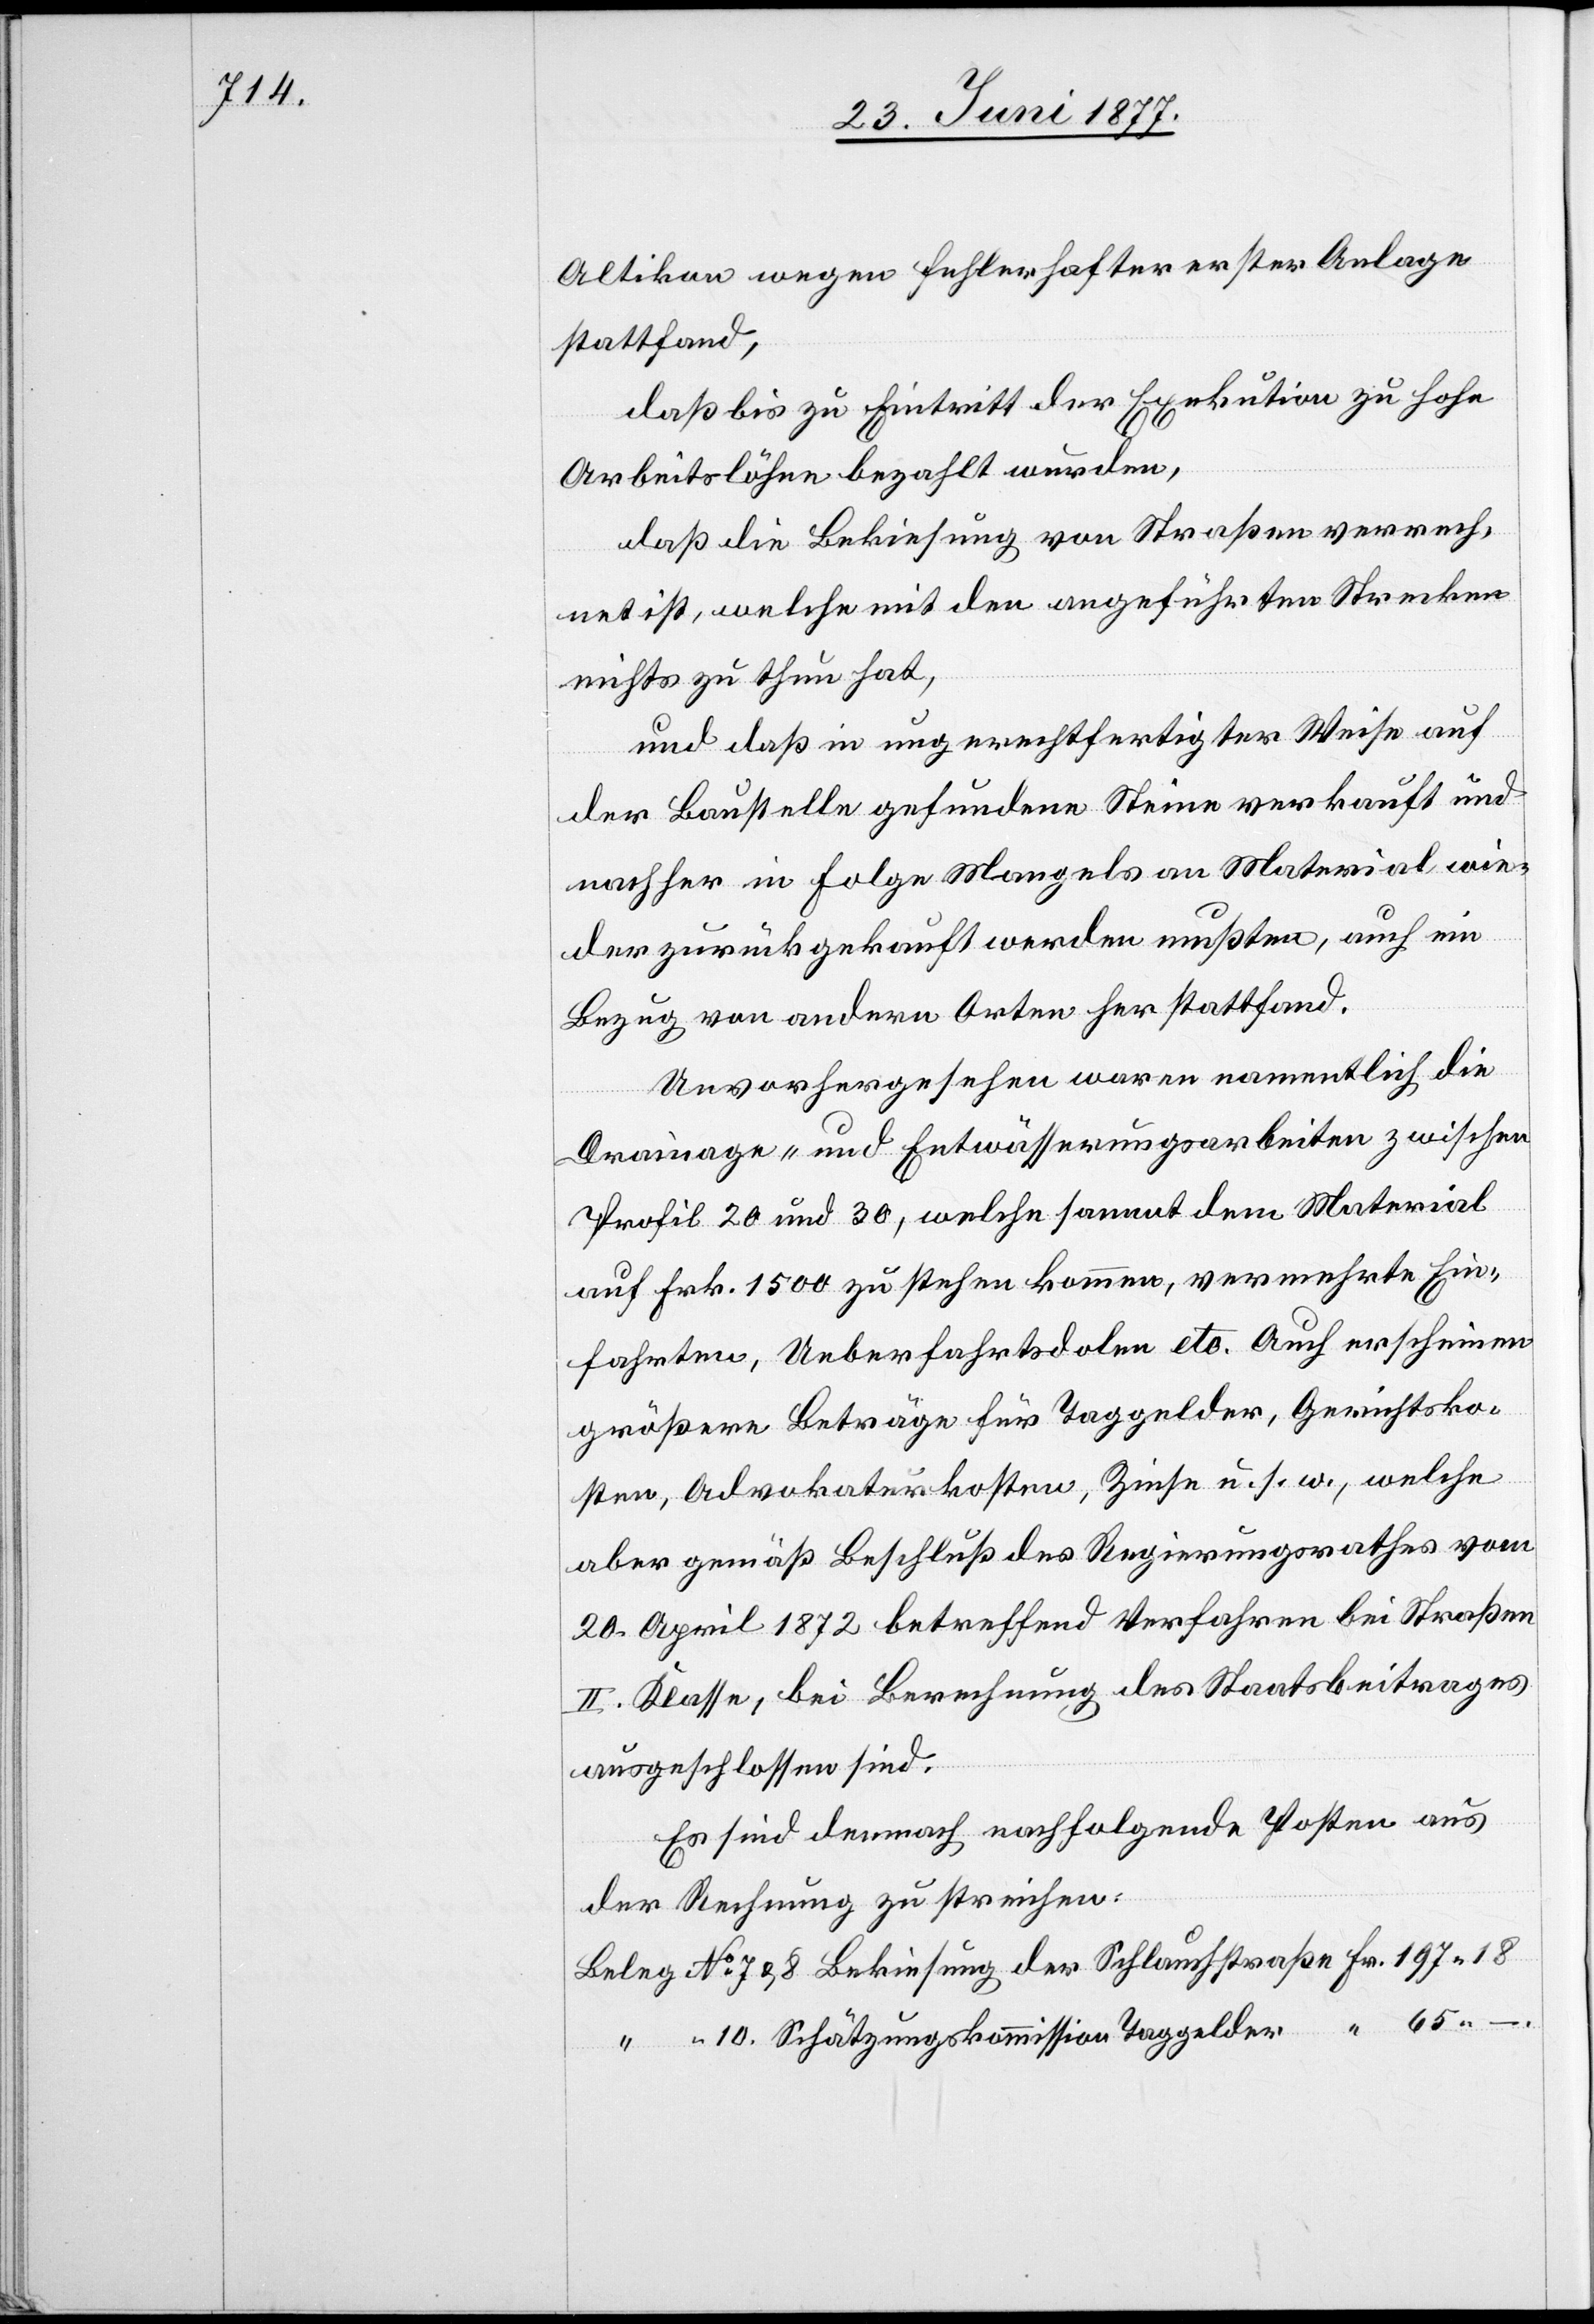
Altikon wegen fehlerhafter erster Anlage
stattfand,
daß bis zu Eintritt der Exekution zu hohe
Arbeitslöhne bezahlt wurden,
daß die Bekiesung von Straßen verrech¬
net ist, welche mit den angeführten Strecken
nichts zu thun hat,
und daß in ungerechtfertigter Weise auf
der Baustelle gefundene Steine verkauft und
nachher in Folge Mangels an Material wie¬
der zurückgekauft werden mußten, auch ein
Bezug von andern Orten her stattfand.
Unvorhergesehenes waren namentlich die
Drainage- und Entwässerungsarbeiten zwischen
Fr.
Profil 20 und 30, welche sammt dem Material
auf Frk. 1500 zu stehen kommen, vermehrte Ein¬
fahrten, Ueberfahrtsdolen etc. Auch erscheinen
größere Beträge für Taggelder, Gerichtsko¬
sten, Advokatskosten, Zinse u. s. w., welche
aber gemäß Beschluß des Regierungsrathes vom
20. April 1872 betreffend Verfahren bei Straßen
II. Klasse, bei Berechnung des Staatsbeitrages
ausgeschlossen sind.
Es sind demnach nachfolgende Posten aus
der Rechnung zu streichen:
Schätzungskommission Taggelder